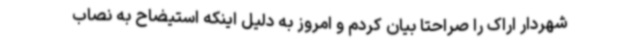
شهردار اراک را صراحتا بیان کردم و امروز به دلیل اینکه استیضاح به نصاب